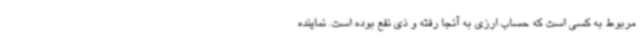
مربوط به کسی است که حساب ارزی به آنجا رفته و ذی نفع بوده است. نماینده